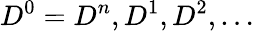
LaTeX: D^{0}=D^{n},D^{1},D^{2},\ldots